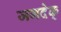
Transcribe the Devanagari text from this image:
जगदेक्